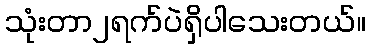
သုံးတာ၂ရက်ပဲရှိပါသေးတယ်။